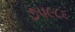
૭૫૯૮૬